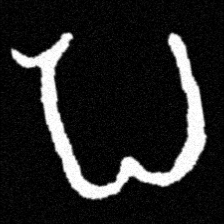
Pyu character \u2014 Myanmar letter: ပ (romanized: pa)